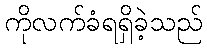
ကိုလက်ခံရရှိခဲ့သည်